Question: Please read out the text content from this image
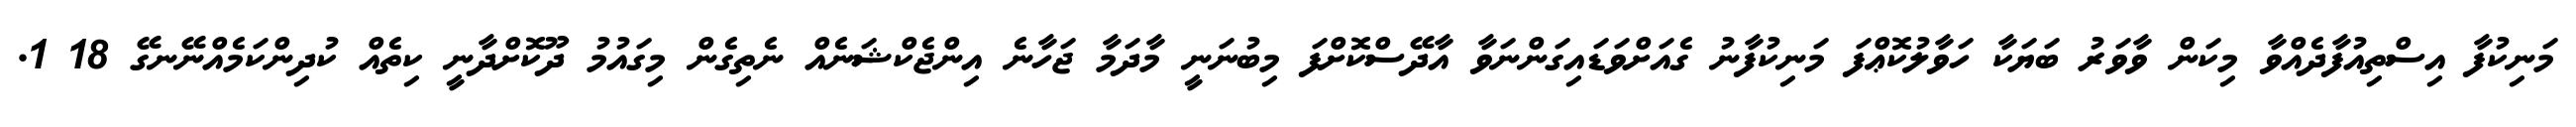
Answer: މަނިކުފާ އިސްތިއުފާދެއްވާ މިކަން ވާވަރު ބަޔަކާ ހަވާލުކޮޢްފަ މަނިކުފާނު ގެއަށްވަޑައިގަންނަވާ އާދޭސްކޮށްފަ މިބުނަނީ މާދަމާ ޖަހާނެ އިންޖެކްޝަނެއް ނެތިގެން މިގައުމު ދޫކޮށްދާނީ ކިތެއް ކުދިންކަމެއްނޭނގޭ 18 1.